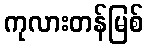
ကုလားတန်မြစ်